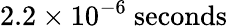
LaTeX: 2.2\times 10^{-6}\ \mathrm{seconds}